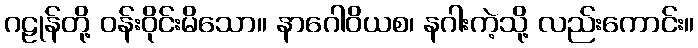
ဂဠုန်တို့ ဝန်းဝိုင်းမိသော။ နာဂေါဝိယစ၊ နဂါးကဲ့သို့ လည်းကောင်း။